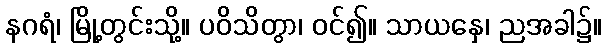
နဂရံ၊ မြို့တွင်းသို့။ ပဝိသိတွာ၊ ဝင်၍။ သာယနှေ၊ ညအခါ၌။